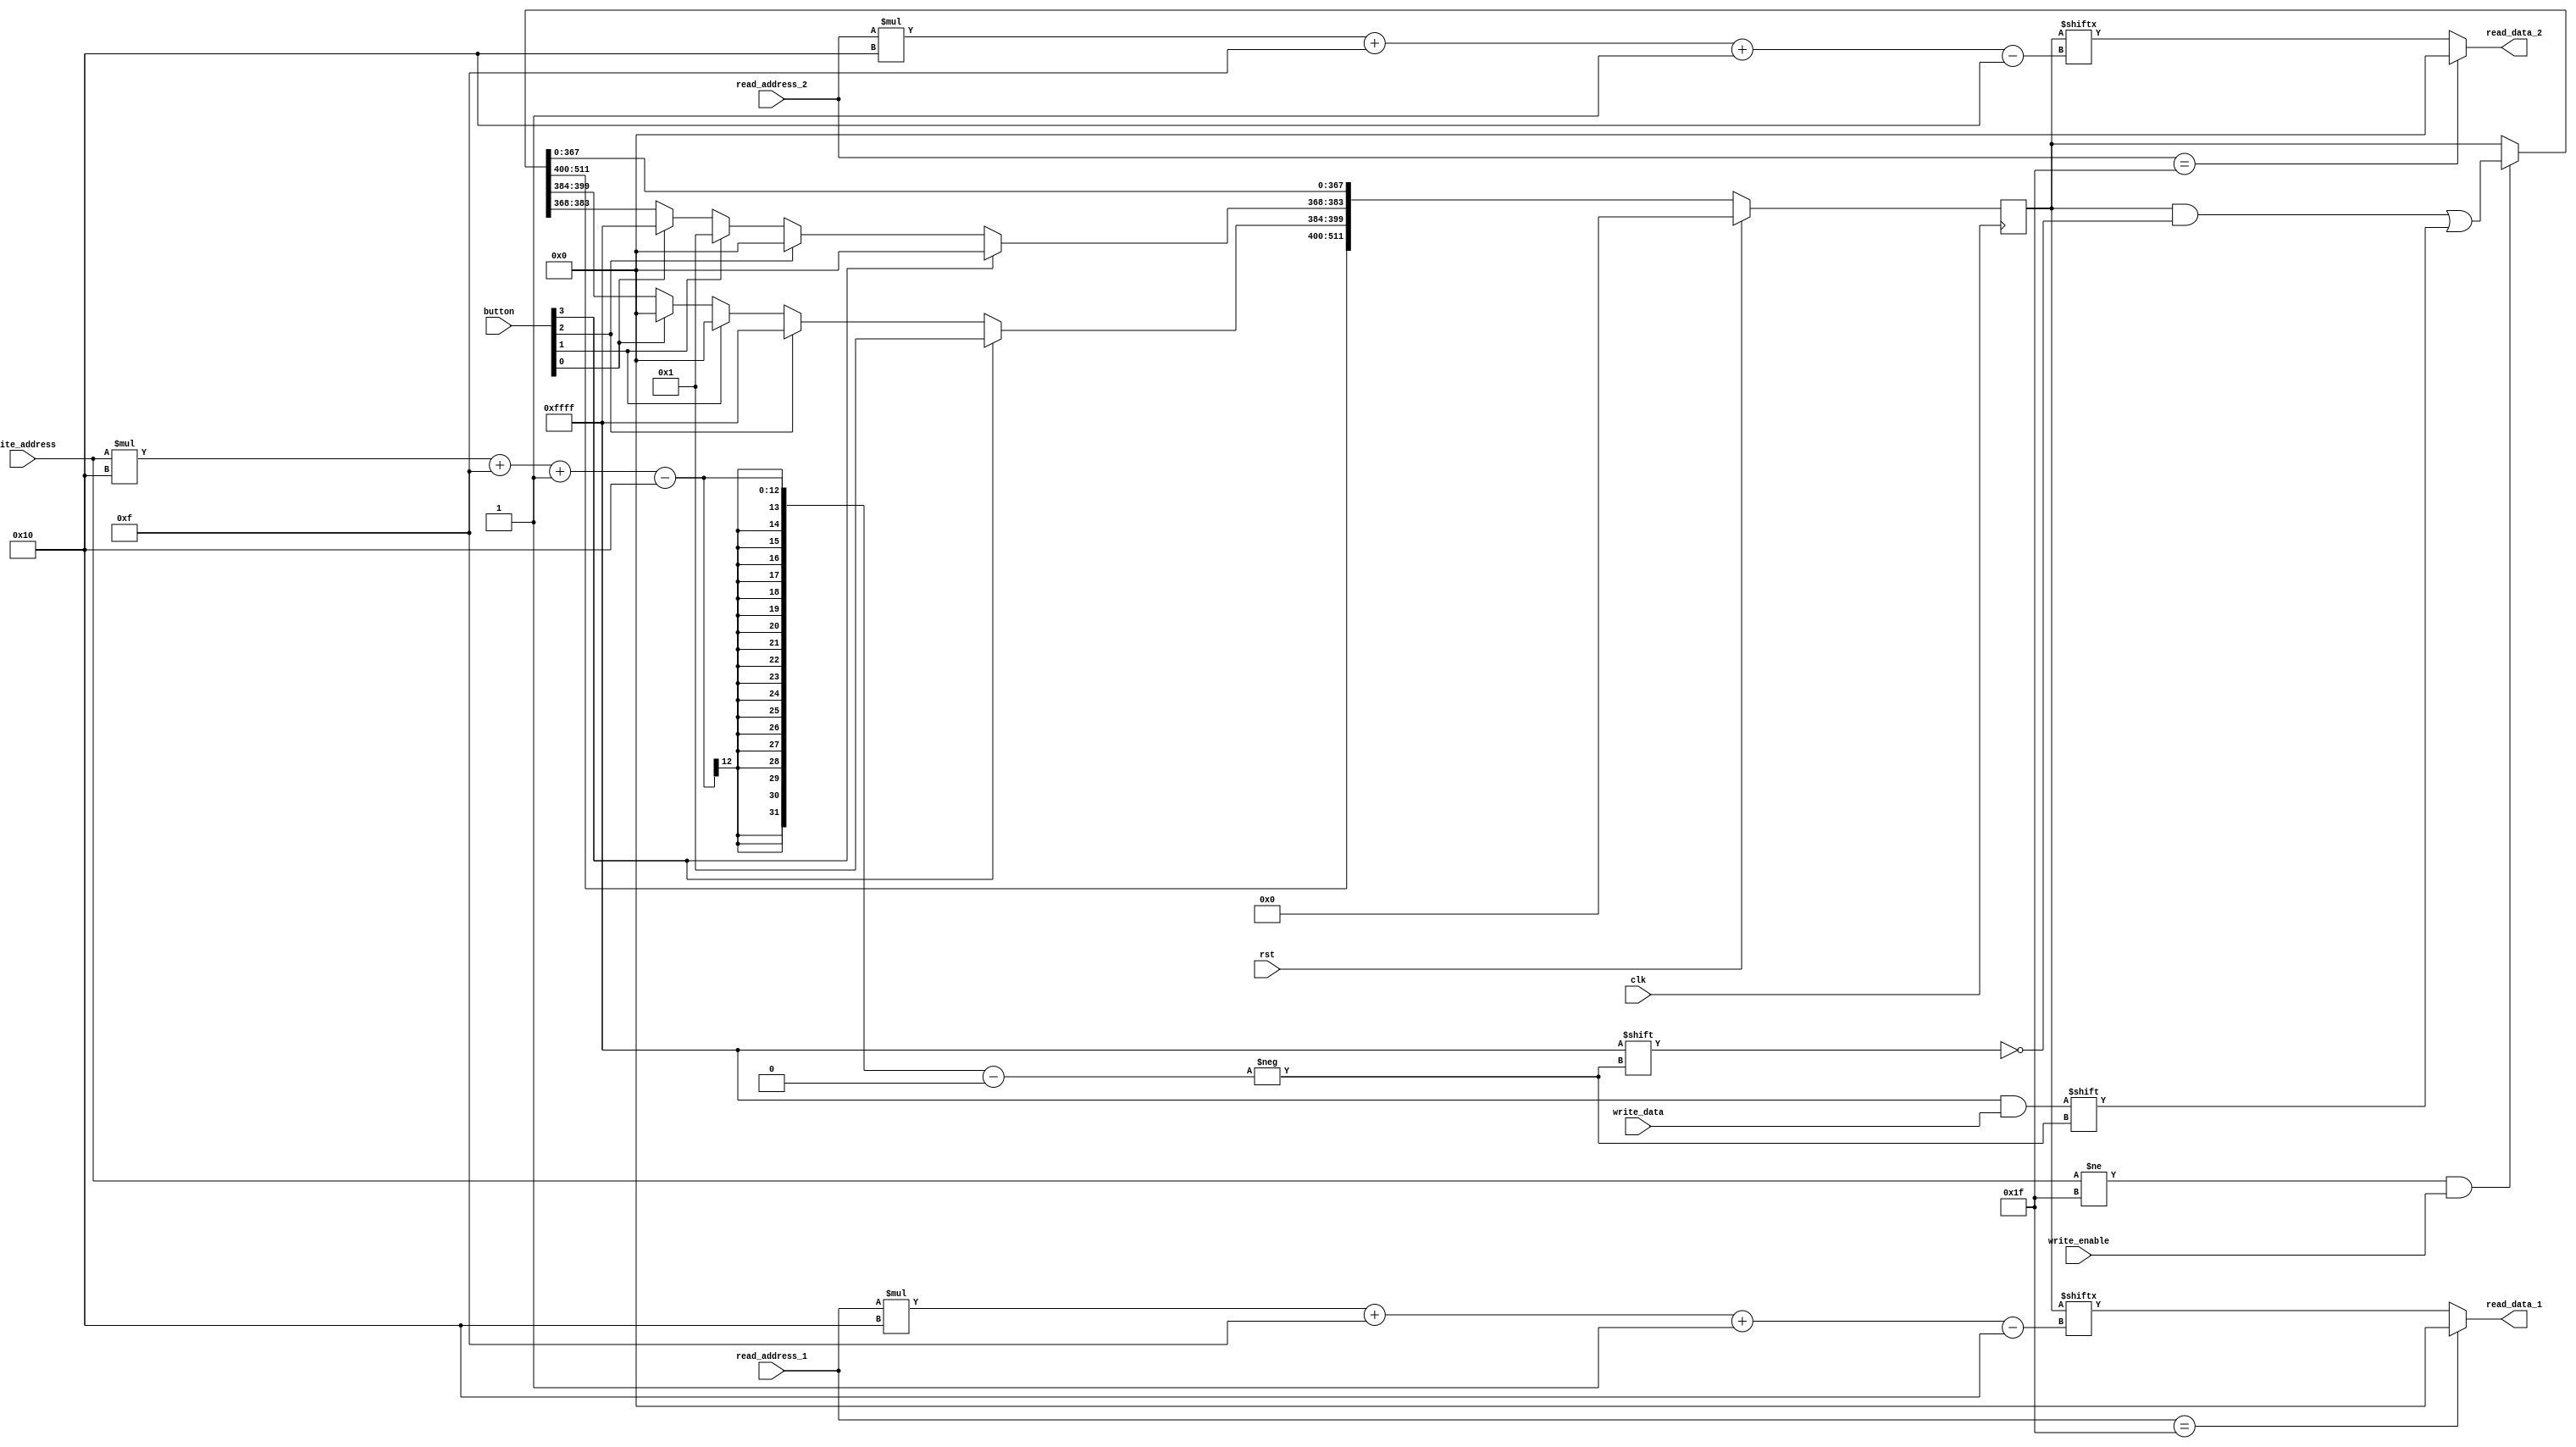
/*
   This file was generated automatically by Alchitry Labs version 1.2.1.
   Do not edit this file directly. Instead edit the original Lucid source.
   This is a temporary file and any changes made to it will be destroyed.
*/

module regfile_12 (
    input clk,
    input rst,
    input [4:0] read_address_1,
    input [4:0] read_address_2,
    output reg [15:0] read_data_1,
    output reg [15:0] read_data_2,
    input [4:0] write_address,
    input [15:0] write_data,
    input write_enable,
    input [3:0] button
  );
  
  
  
  reg [511:0] M_registers_d, M_registers_q = 1'h0;
  
  always @* begin
    M_registers_d = M_registers_q;
    
    read_data_1 = M_registers_q[(read_address_1)*16+15-:16];
    read_data_2 = M_registers_q[(read_address_2)*16+15-:16];
    if (write_address != 5'h1f && write_enable) begin
      M_registers_d[(write_address)*16+15-:16] = write_data;
    end
    if (read_address_1 == 5'h1f) begin
      read_data_1 = 16'h0000;
    end
    if (read_address_2 == 5'h1f) begin
      read_data_2 = 16'h0000;
    end
    if (button[0+0-:1]) begin
      M_registers_d[368+15-:16] = 16'hffff;
      M_registers_d[384+15-:16] = 1'h0;
    end
    if (button[1+0-:1]) begin
      M_registers_d[368+15-:16] = 1'h1;
      M_registers_d[384+15-:16] = 1'h0;
    end
    if (button[2+0-:1]) begin
      M_registers_d[368+15-:16] = 1'h0;
      M_registers_d[384+15-:16] = 16'hffff;
    end
    if (button[3+0-:1]) begin
      M_registers_d[368+15-:16] = 1'h0;
      M_registers_d[384+15-:16] = 1'h1;
    end
  end
  
  always @(posedge clk) begin
    if (rst == 1'b1) begin
      M_registers_q <= 1'h0;
    end else begin
      M_registers_q <= M_registers_d;
    end
  end
  
endmodule